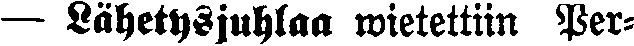
— Lähetysjuhlaa wietettiin Per-